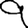
Digit: 9